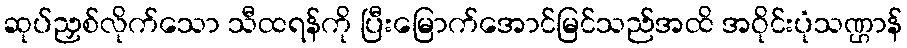
ဆုပ်ညှစ်လိုက်သော သီထရန်ကို ပြီးမြောက်အောင်မြင်သည်အထိ အဝိုင်းပုံသဏ္ဌာန်